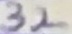
Text: 32